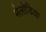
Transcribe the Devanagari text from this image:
मेलोडिया